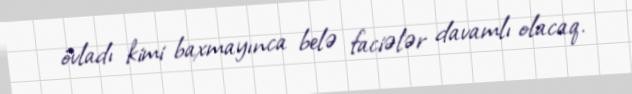
övladı kimi baxmayınca belə faciələr davamlı olacaq.